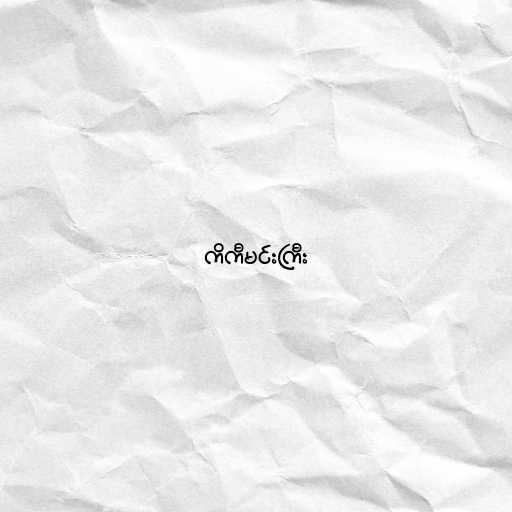
ကိကီမင်းကြီး